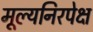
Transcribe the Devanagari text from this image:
मूल्यनिरपेक्ष